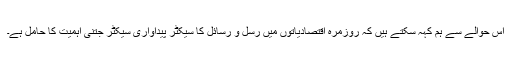
اس حوالے سے ہم کہہ سکتے ہیں کہ روزمّرہ اقتصادیاتوں میں رسل و رسائل کا سیکٹر پیداواری سیکٹر جتنی اہمیت کا حامل ہے۔